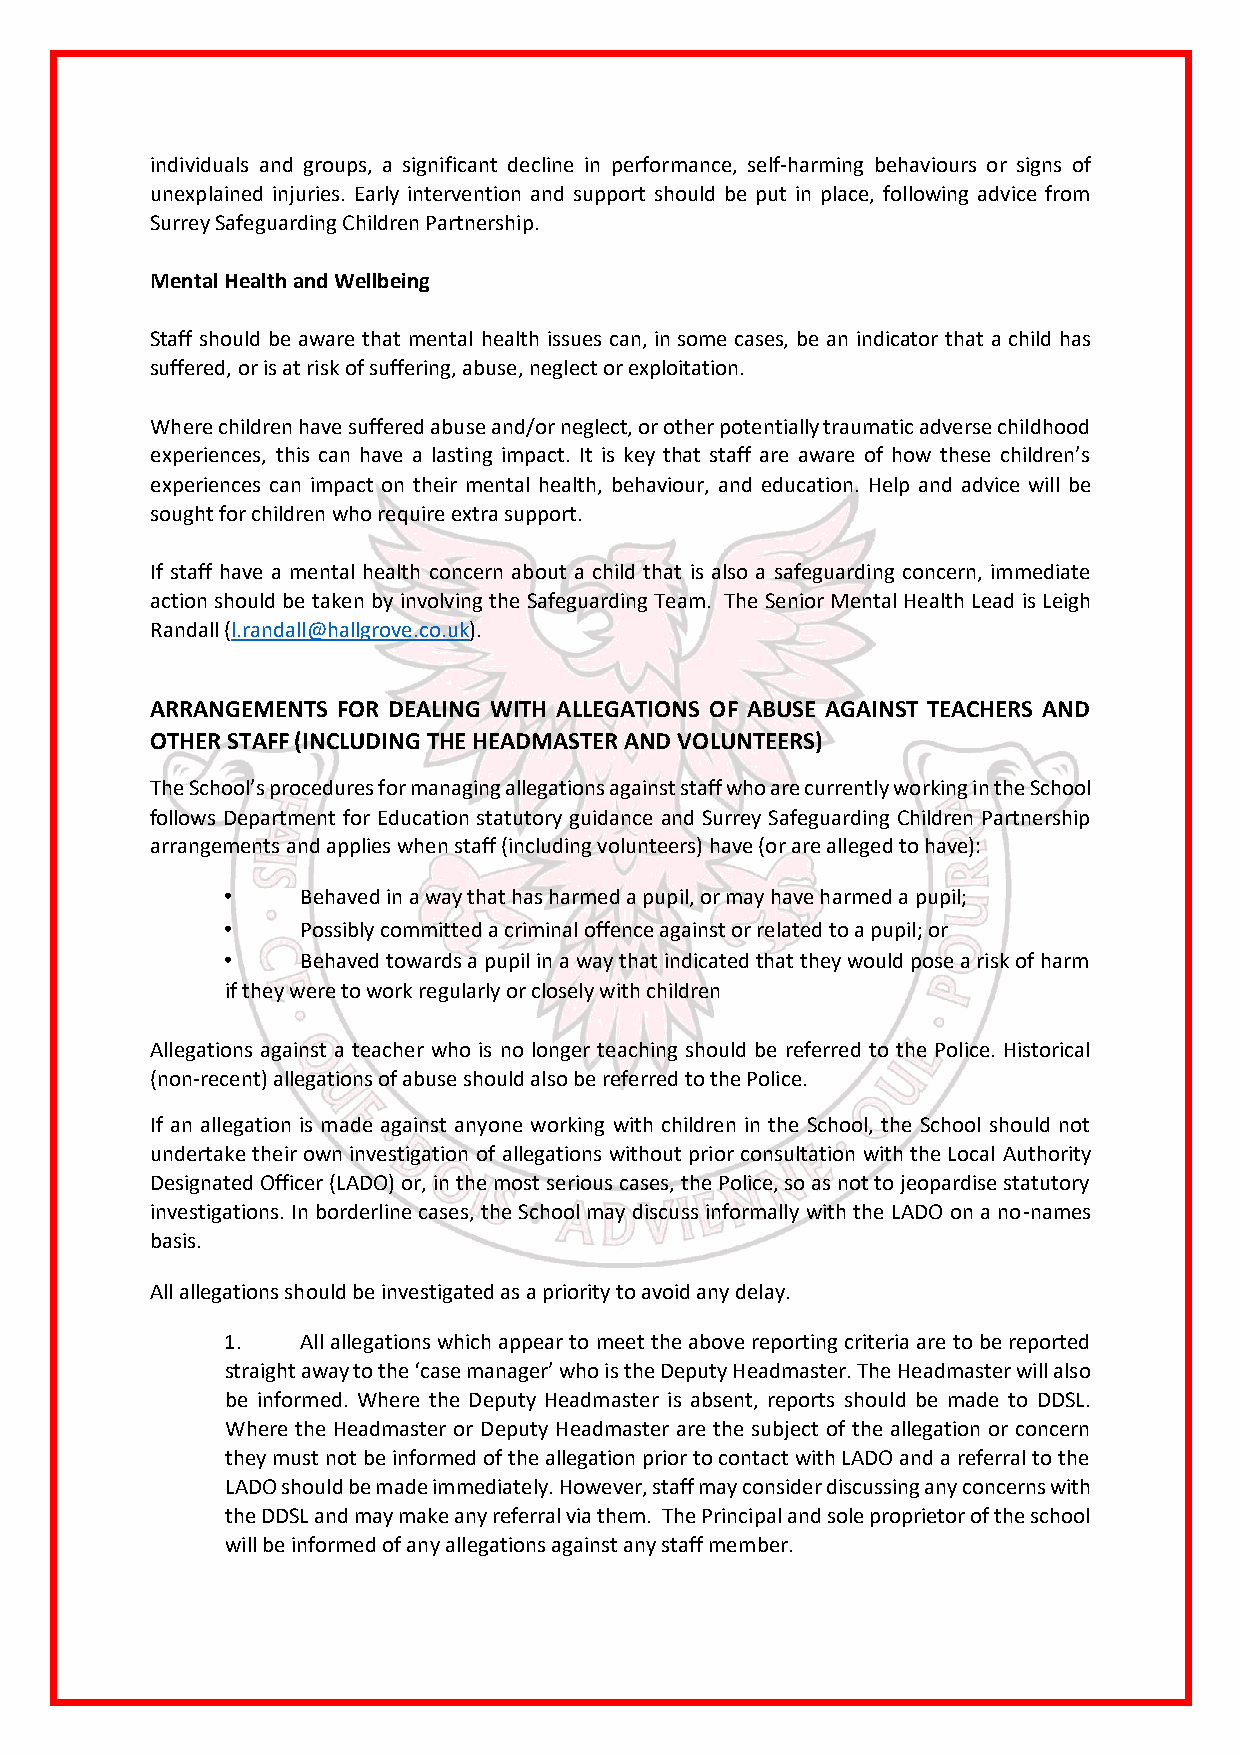
individuals and groups, a significant decline in performance, self-harming behaviours or signs of
 unexplained injuries. Early intervention and support should be put in place, following advice from
 Surrey Safeguarding Children Partnership.
 Mental Health and Wellbeing
 Staff should be aware that mental health issues can, in some cases, be an indicator that a child has
 suffered, or is at risk of suffering, abuse, neglect or exploitation.
 Where children have suffered abuse and/or neglect, or other potentially traumatic adverse childhood
 experiences, this can have a lasting impact. It is key that staff are aware of how these children’s
 experiences can impact on their mental health, behaviour, and education. Help and advice will be
 sought for children who require extra support.
 If staff have a mental health concern about a child that is also a safeguarding concern, immediate
 action should be taken by involving the Safeguarding Team. The Senior Mental Health Lead is Leigh
 Randall (l.randall@hallgrove.co.uk).
 ARRANGEMENTS FOR DEALING WITH ALLEGATIONS OF ABUSE AGAINST TEACHERS AND
 OTHER STAFF (INCLUDING THE HEADMASTER AND VOLUNTEERS)
 The School’s procedures for managing allegations against staff who are currently working in the School
 follows Department for Education statutory guidance and Surrey Safeguarding Children Partnership
 arrangements and applies when staff (including volunteers) have (or are alleged to have):
 •    Behaved in a way that has harmed a pupil, or may have harmed a pupil;
 •    Possibly committed a criminal offence against or related to a pupil; or
 •    Behaved towards a pupil in a way that indicated that they would pose a risk of harm
 if they were to work regularly or closely with children
 Allegations against a teacher who is no longer teaching should be referred to the Police. Historical
 (non-recent) allegations of abuse should also be referred to the Police.
 If an allegation is made against anyone working with children in the School, the School should not
 undertake their own investigation of allegations without prior consultation with the Local Authority
 Designated Officer (LADO) or, in the most serious cases, the Police, so as not to jeopardise statutory
 investigations. In borderline cases, the School may discuss informally with the LADO on a no-names
 basis.
 All allegations should be investigated as a priority to avoid any delay.
 1.   All allegations which appear to meet the above reporting criteria are to be reported
 straight away to the ‘case manager’ who is the Deputy Headmaster. The Headmaster will also
 be informed. Where the Deputy Headmaster is absent, reports should be made to DDSL.
 Where the Headmaster or Deputy Headmaster are the subject of the allegation or concern
 they must not be informed of the allegation prior to contact with LADO and a referral to the
 LADO should be made immediately. However, staff may consider discussing any concerns with
 the DDSL and may make any referral via them. The Principal and sole proprietor of the school
 will be informed of any allegations against any staff member.